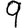
Digit: 9